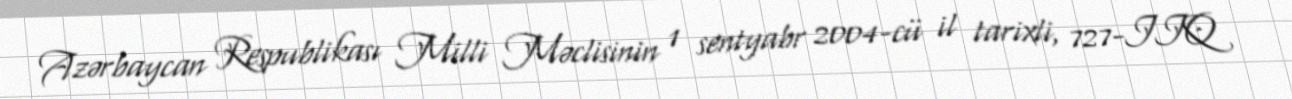
Azərbaycan Respublikası Milli Məclisinin 1 sentyabr 2004-cü il tarixli, 727-IIQ